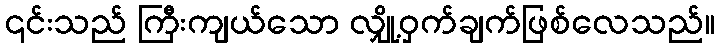
၎င်းသည် ကြီးကျယ်သော လျှို့ဝှက်ချက်ဖြစ်လေသည်။